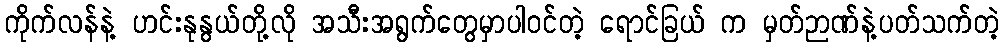
ကိုက်လန်နဲ့ ဟင်းနုနွယ်တို့လို အသီးအရွက်တွေမှာပါဝင်တဲ့ ရောင်ခြယ် က မှတ်ဉာဏ်နဲ့ပတ်သက်တဲ့